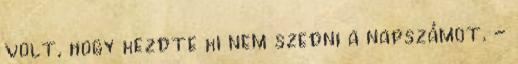
volt, hogy kezdte ki nem szedni a napszámot. -